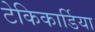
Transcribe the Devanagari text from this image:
टेकिकार्डिया